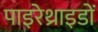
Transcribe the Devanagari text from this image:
पाइरेथ्राइडों